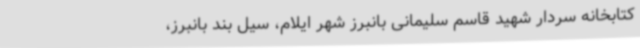
کتابخانه سردار شهید قاسم سلیمانی بانبرز شهر ایلام، سیل بند بانبرز،